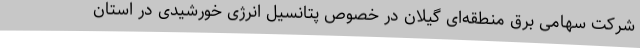
شرکت سهامی برق منطقه‌ای گیلان در خصوص پتانسیل انرژی خورشیدی در استان